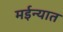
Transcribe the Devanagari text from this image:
मईन्यात